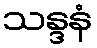
သန္ဒနံ